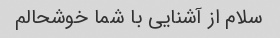
سلام از آشنایی با شما خوشحالم